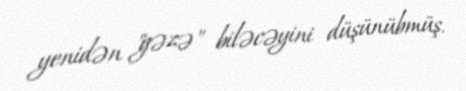
yenidən "gəzə" biləcəyini düşünübmüş.